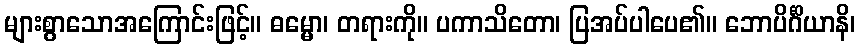
များစွာသောအကြောင်းဖြင့်။ ဓမ္မော၊ တရားကို။ ပကာသိတော၊ ပြအပ်ပါပေ၏။ ဘောပိင်္ဂိယာနိ၊